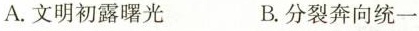
A. 文明初露曙光 B. 分裂奔向统一